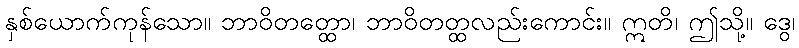
နှစ်ယောက်ကုန်သော။ ဘာဝိတတ္ထော၊ ဘာဝိတတ္ထလည်းကောင်း။ ဣတိ၊ ဤသို့။ ဒွေ၊